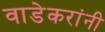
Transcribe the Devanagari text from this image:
वाडेकरांनी